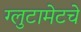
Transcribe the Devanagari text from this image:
ग्लुटामेटचे